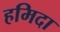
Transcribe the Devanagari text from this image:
हमिदा